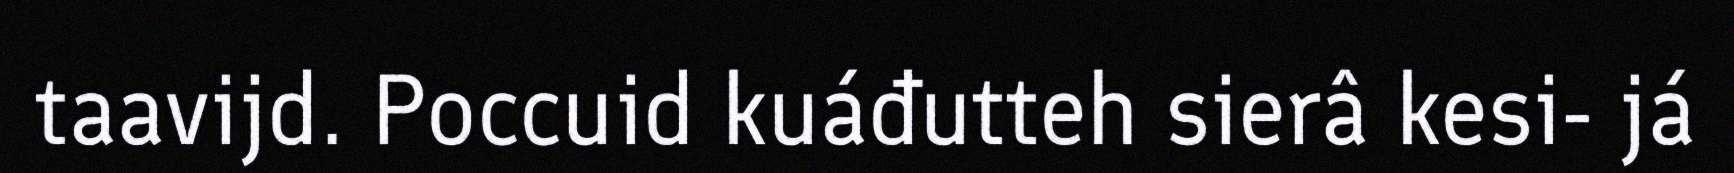
taavijd. Poccuid kuáđutteh sierâ kesi- já